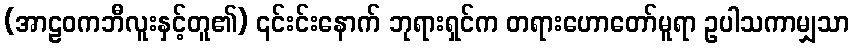
(အာဠဝကဘီလူးနှင့်တူ၏) ၎င်းင်းနောက် ဘုရားရှင်က တရားဟောတော်မူရာ ဥပါသကာမျှသာ